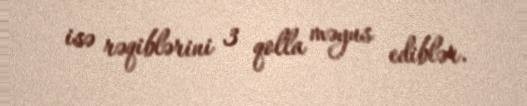
isə rəqiblərini 3 qolla məyus ediblər.